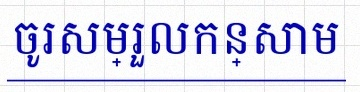
ចូរសម្រួលកន្សោម